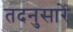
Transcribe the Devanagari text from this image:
तदनुसारें